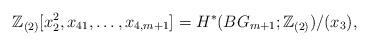
LaTeX: \begin{align*}\mathbb{Z}_{(2)}[x_2^2, x_{41}, \dots, x_{4, m+1}] = H^{*}(BG_{m+1}; \mathbb{Z}_{(2)})/(x_3), \end{align*}